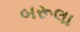
બરૂલા